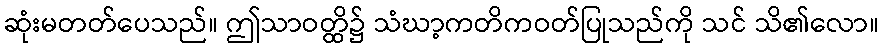
ဆုံးမတတ်ပေသည်။ ဤသာဝတ္ထိ၌ သံဃာ့ကတိကဝတ်ပြုသည်ကို သင် သိ၏လော။